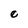
Character: e